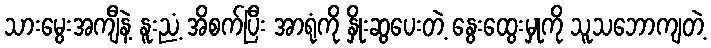
သားမွေးအကျီနဲ့ နူးညံ့ အိစက်ပြီး အာရုံကို နှိုးဆွပေးတဲ့ နွေးထွေးမှုကို သူသဘောကျတဲ့